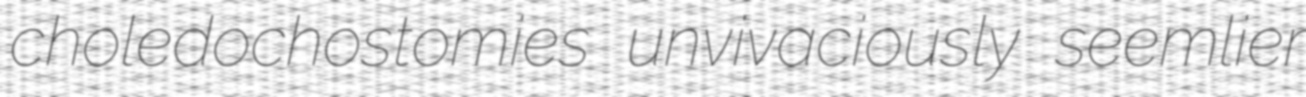
choledochostomies unvivaciously seemlier